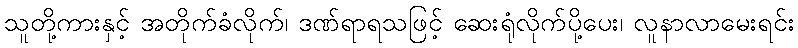
သူတို့ကားနှင့် အတိုက်ခံလိုက်၊ ဒဏ်ရာရသဖြင့် ဆေးရုံလိုက်ပို့ပေး၊ လူနာလာမေးရင်း